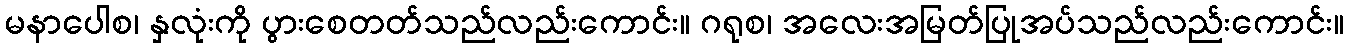
မနာပေါစ၊ နှလုံးကို ပွားစေတတ်သည်လည်းကောင်း။ ဂရုစ၊ အလေးအမြတ်ပြုအပ်သည်လည်းကောင်း။